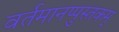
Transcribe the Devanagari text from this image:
वर्तमानप्पुस्तकम्